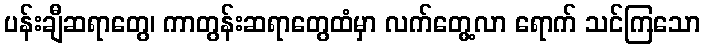
ပန်းချီဆရာတွေ၊ ကာတွန်းဆရာတွေထံမှာ လက်တွေ့လာ ရောက် သင်ကြသော